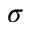
\sigma